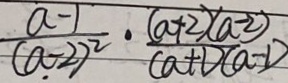
\frac { a - 1 } { ( a - 2 ) ^ { 2 } } \cdot \frac { ( a + 2 ) ( a - 2 ) } { ( a + 1 ) ( a - 1 ) }